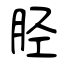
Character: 胫